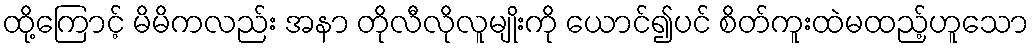
ထို့ကြောင့် မိမိကလည်း အနာ တိုလီလိုလူမျိုးကို ယောင်၍ပင် စိတ်ကူးထဲမထည့်ဟူသော